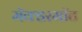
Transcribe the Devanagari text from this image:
मॅक्डरमॉट